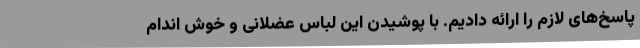
پاسخ‌های لازم را ارائه دادیم. با پوشیدن این لباس عضلانی و خوش اندام